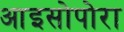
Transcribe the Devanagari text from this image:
आइसोपोरा